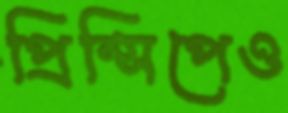
প্রিন্সিপেও